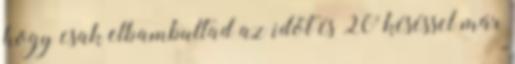
hogy csak elbambultad az időt és 20' késéssel már